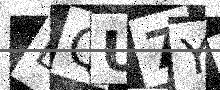
Text: LQU7YO